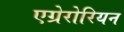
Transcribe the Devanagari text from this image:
एग्रेरोरियन